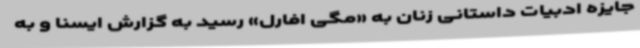
جایزه ادبیات داستانی زنان به «مگی افارل» رسید به گزارش ایسنا و به